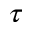
\tau